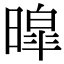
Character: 暭